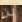
لن